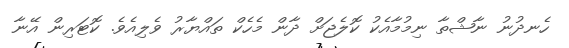
ހެނދުނު ނާޝްތާ ނިމުމާއެކު ކޮލެޖަށް ދާން މެހެކް ތައްޔާރު ވެލިއެވެ. ކޮޓަރިން އޭނާ